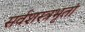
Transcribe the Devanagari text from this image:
सर्वशस्त्रभृतां